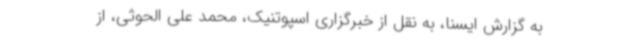
به گزارش ایسنا، به نقل از خبرگزاری اسپوتنیک، محمد علی الحوثی، از